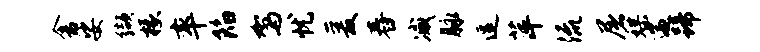
舍娑缬椽率陷驾忧爰舂减脉逗萍流屠媒遄蹄